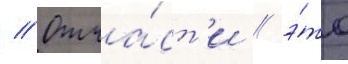
// Отча́ст'и / э́то